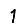
Digit: 1